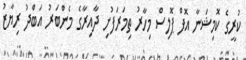
ކުރީގެ ކޮމިޝަނާ އޮފް ޕޮލިސް މިހާރު ތިމަރަފުށި ދާއިރާގެ މެންބަރު އަބްދު ރިޔާޒު